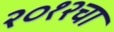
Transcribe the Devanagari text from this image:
२०१२चा